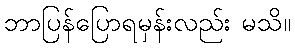
ဘာပြန်ပြောရမှန်းလည်း မသိ။